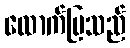
ထောက်ပြသည်